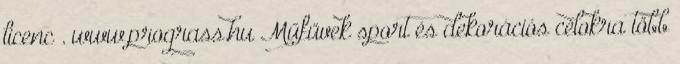
licenc . www.prograss.hu Műfüvek sport és dekorációs célokra több